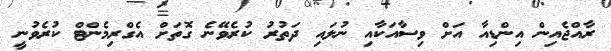
ރާއްޖެއިން އިންޑިއާ އަށް ވިސާއަކާއި ނުލައި ދަތުރު ކުރެވޭނެ ގޮތަށް އެގްރިމެންޓް ކުރެވުނީ